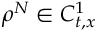
\rho ^ { N } \in C _ { t , x } ^ { 1 }